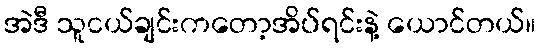
အဲဒီ သူငယ်ချင်းကတော့အိပ်ရင်းနဲ့ ယောင်တယ်။